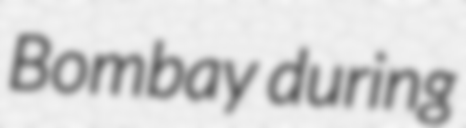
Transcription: Bombay during